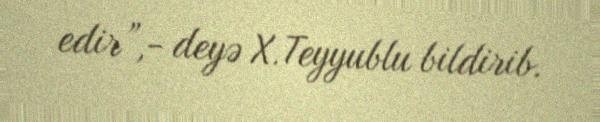
edir”,- deyə X.Teyyublu bildirib.